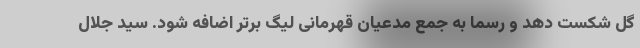
گل شکست دهد و رسما به جمع مدعیان قهرمانی لیگ برتر اضافه شود. سید جلال